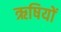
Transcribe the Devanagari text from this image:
ऋषियों